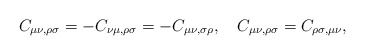
\begin{align*}C_{\mu \nu, \rho \sigma} = - C_{\nu \mu, \rho \sigma}=-C_{\mu \nu, \sigma\rho},\quad C_{\mu \nu, \rho \sigma} = C_{\rho \sigma, \mu \nu},\end{align*}